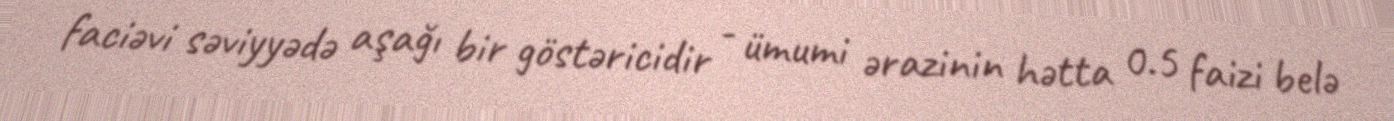
faciəvi səviyyədə aşağı bir göstəricidir - ümumi ərazinin hətta 0.5 faizi belə